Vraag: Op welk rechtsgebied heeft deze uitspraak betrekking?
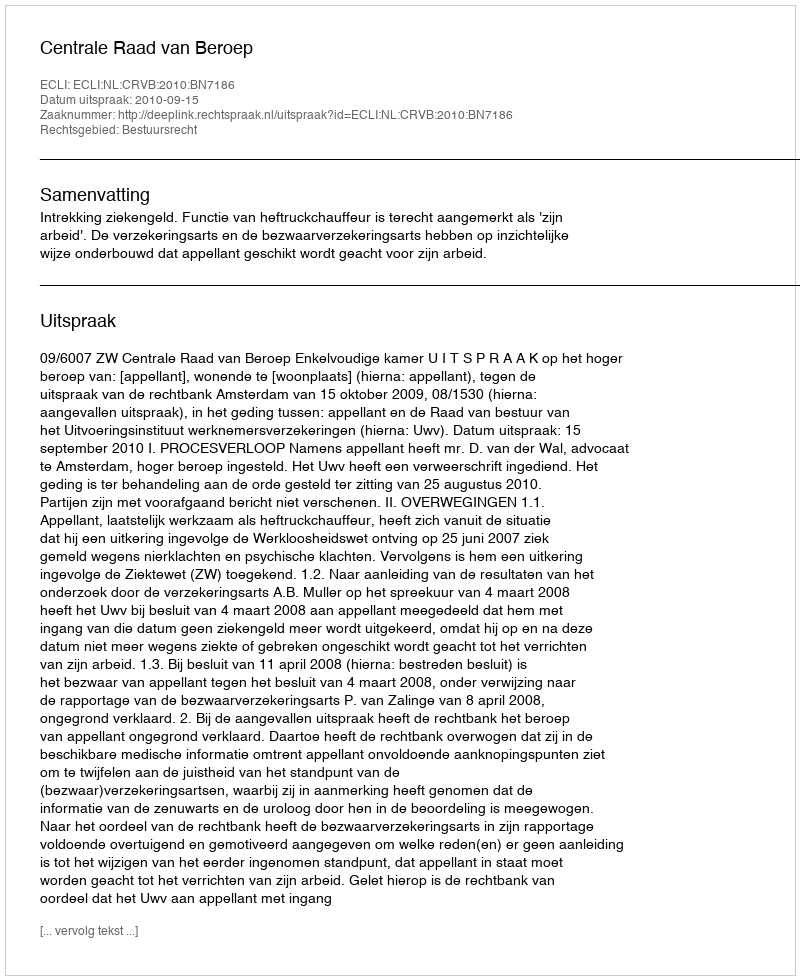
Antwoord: Bestuursrecht